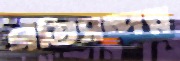
গতিসম্পন্ন